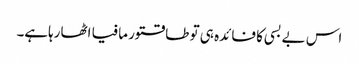
اس بے بسی کا فائدہ ہی تو طاقتور مافیا اٹھارہاہے۔